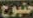
حتبوح